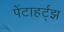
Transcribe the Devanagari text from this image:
पेंटाहर्ट्‌झ